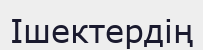
Ішектердің